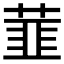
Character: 𬝛